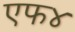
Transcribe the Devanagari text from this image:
एफ४